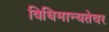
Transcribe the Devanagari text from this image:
विधिमान्यतेवर